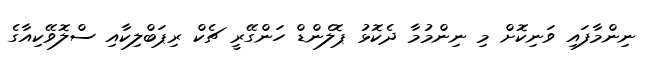
ނިންމާފައި ވަނިކޮށް މި ނިންމުމާ ދެކޮޅު ޕޮލެންޑް ހަންގޭރީ ޗެކް ރިޕަބްލިކާއި ސްލޮވޭކިއާގެ